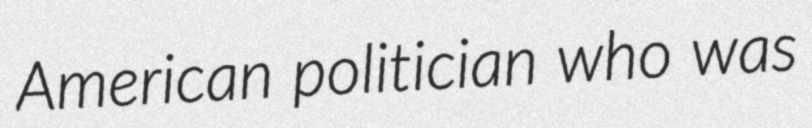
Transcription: American politician who was